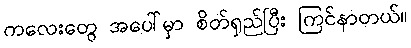
ကလေးတွေ အပေါ်မှာ စိတ်ရှည်ပြီး ကြင်နာတယ်။